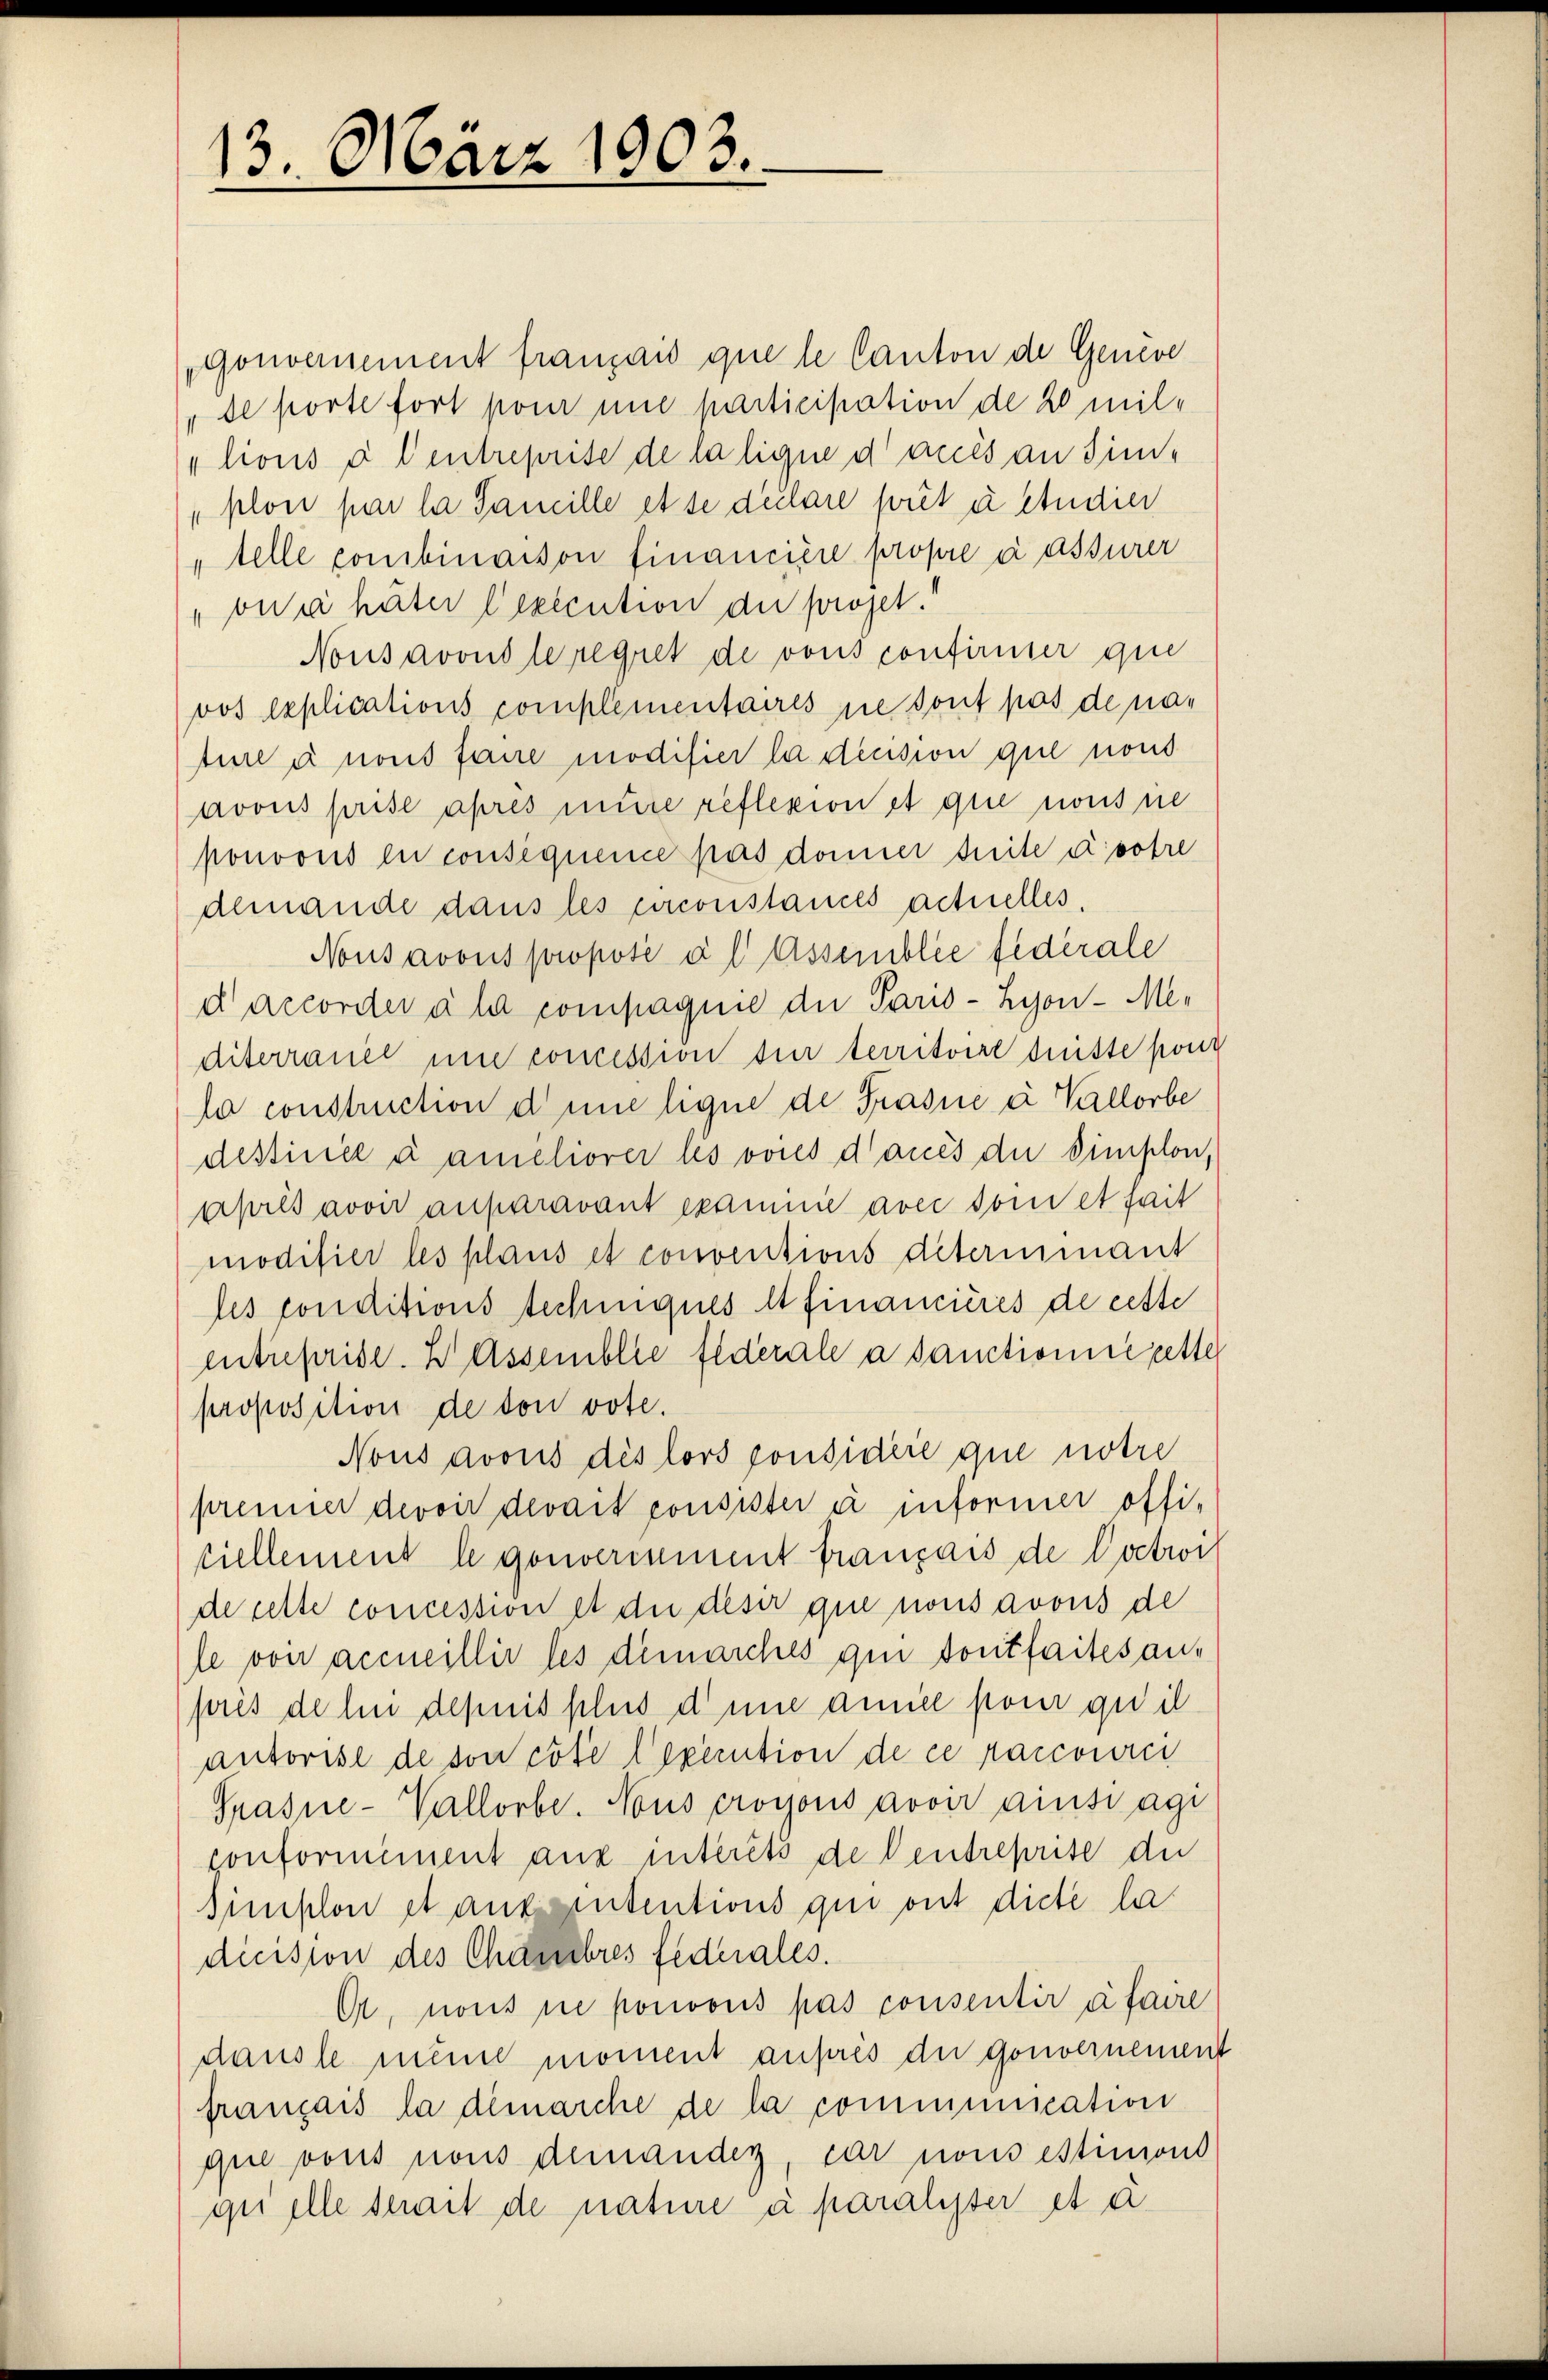
13. März 1903.

Gonversement français que le Canton de Geneve
„de porte fort pour une participation de 20 millions à l’entreprise de la ligne d aus an Sin¬
„plon par la Samille et se déclare prét u studier
" telle combinaison financière propre à assurer
„onc häter lexecution der projet.
Nousavous le regret de vons confirmier que
vos explications complementaires sie sont pas de na¬
Aie à nous fane modifier la decision que nond
avous prise apres mure reflexion et que nous sie
ponoons le consequence pas donner suite avotre
demande dans les circonstances actuelles,
Nons avous proposé à l Assemblée fédérale
d accorder all compagnie die Paris - Lyon - Mediterrauer une concession für territoire dritte poni
la construction dene ligne de Prasne à Vallorbe
dessiniel u améliorer les voies d’auch die Simplon,
après avoir auparavant examme avec son et seit
modifier les plaus et conventions détermnmant
les conditions techinques et financieres de cette
entreprise. Wassemblie federale à sanctionierette
proposition de von vote.
Nous avous des lors ponsidéré que notre
prenner devoir devait consister à informer offi-
ciellement le gouveriment français de Doctroi
de cette concession et die deser que nous avous de
le von accueillir les demarches qui dont faites anpris de hin depuis plus dene annice pour quil
ausorist de von cole lexecution de ce parcourci
Grasne-Vallorbe. Nous propons avoir ainsiagi
conformiment aus intérêts de Centreprise du
simplon et ansententions qui ont diese la
diession des Chambres Federales.
O, nous ne ponvous pas consentir à faire
dausle meine moment auprès der gouvernement
français la démarche de la communication
que vons nous demander, dar nons estimons
qu ille serait de nature à paralyser et d